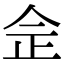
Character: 佱